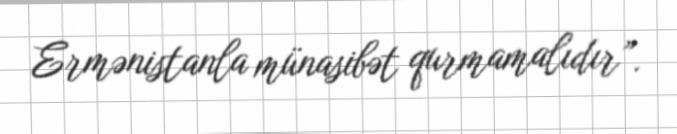
Ermənistanla münasibət qurmamalıdır”.